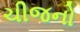
ચીજનો